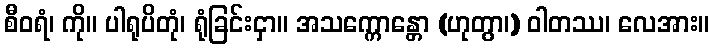
စီဝရံ၊ ကို။ ပါရုပိတုံ၊ ရုံခြင်းငှာ။ အသက္ကောန္တော (ဟုတွာ၊) ဝါတဿ၊ လေအား။